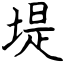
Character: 堤